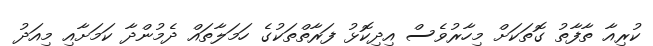
ކުރިއާ ތާފާތު ގޮތަކަށް މިހާރުވެސް އިދިކޮޅު ފަރާތްތަކުގެ ހަމަލާތައް ދެމުންދާ ކަމަށާއި މިއަދު